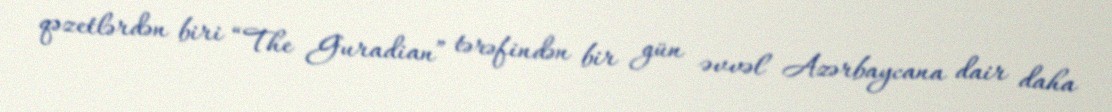
qəzetlərdən biri “The Guradian” tərəfindən bir gün əvvəl Azərbaycana dair daha